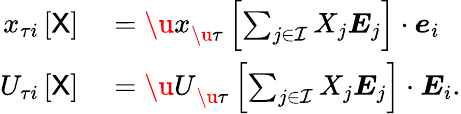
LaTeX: \begin{array}{rl}{{x}_{\tau i}\left[\sf X\right]}&{{}={\u{x}}_{\u{\tau}}\left[\sum_{j\in\mathcal{I}}X_{j}\boldsymbol{E}_{j}\right]\cdot\boldsymbol{e}_{i}}\\ {{U}_{\tau i}\left[\sf X\right]}&{{}={\u{U}}_{\u{\tau}}\left[\sum_{j\in\mathcal{I}}X_{j}\boldsymbol{E}_{j}\right]\cdot\boldsymbol{E}_{i}.}\end{array}